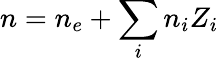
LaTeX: n=n_{e}+\sum_{i}n_{i}Z_{i}